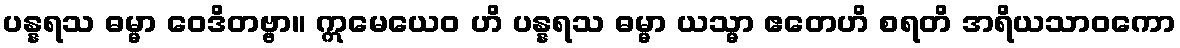
ပန္နရသ ဓမ္မာ ဝေဒိတဗ္ဗာ။ ဣမေယေဝ ဟိ ပန္နရသ ဓမ္မာ ယသ္မာ ဧတေဟိ စရတိ အရိယသာဝကော